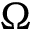
\Omega